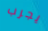
يجرب